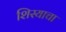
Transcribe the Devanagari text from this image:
शिस्याचा